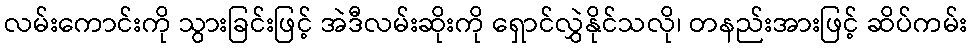
လမ်းကောင်းကို သွားခြင်းဖြင့် အဲဒီလမ်းဆိုးကို ရှောင်လွှဲနိုင်သလို၊ တနည်းအားဖြင့် ဆိပ်ကမ်း